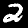
Label: 2